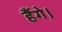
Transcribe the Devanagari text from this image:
हैंगे।